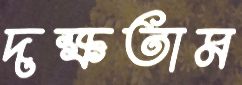
দক্ষতাম